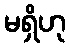
မရှိဟု